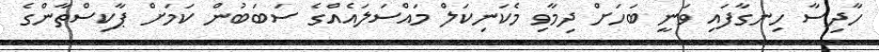
ހާދިސާ ހިނގާފައި ވަނީ ބަހަށް ދިމާވި މެކަނިކަލް މައްސަލައެއްގެ ސަބަބުން ކަމަށް ޕާކިސްތާންގެ